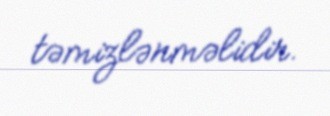
təmizlənməlidir.